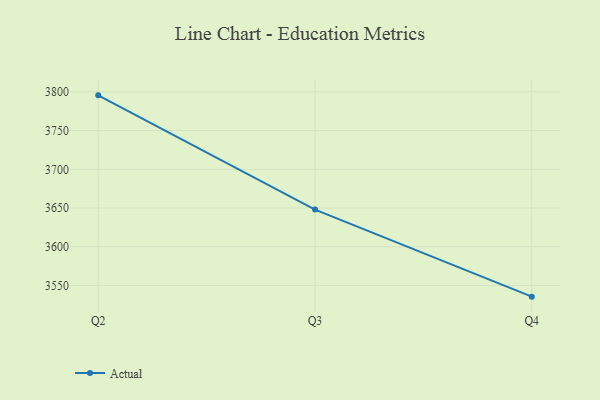
{"axis": {"x": "Quarter", "y": "Net Income (USD K)"}, "legend": ["Actual"], "data": [{"x": "Q2", "y": 3795.4, "type": "Actual"}, {"x": "Q3", "y": 3648.0, "type": "Actual"}, {"x": "Q4", "y": 3535.7, "type": "Actual"}]}